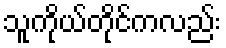
သူကိုယ်တိုင်ကလည်း